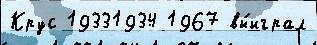
Крус 19331934 1967 вы́играл